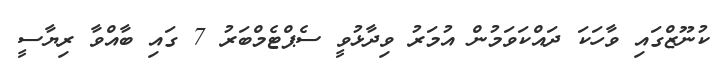
ކުނޫޒްގައި ވާހަކަ ދައްކަވަމުން އުމަރު ވިދާޅުވީ ސެޕްޓެމްބަރު 7 ގައި ބާއްވާ ރިޔާސީ